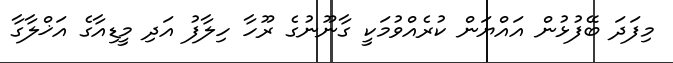
މިފަދަ ބޭފުޅުން އައްޔަން ކުރެއްވުމަކީ ގާނޫނުގެ ރޫހާ ހިލާފު އަދި މީޑިއާގެ އަޚްލާގާ